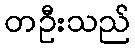
တဦးသည်